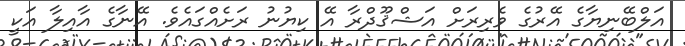
އަލްބޭނިޔާގެ އޭރުގެ ވެރިރަށް އަޝްޤޫދްރާ އޭ ކިޔުނު ރަށެއްގައެވެ. އޭނާގެ އާއިލާ އަކީ